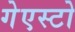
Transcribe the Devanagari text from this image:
गेएस्टो